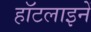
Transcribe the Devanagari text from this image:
हॉटलाइनें